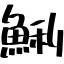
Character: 鰂